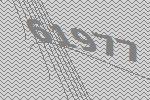
61977